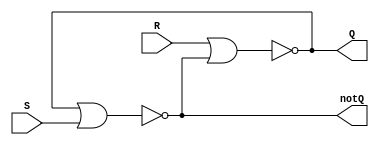
module SR_latch(Q,notQ,S,R);

    output wire Q,notQ;
    input wire S,R;

    assign Q=~(R||notQ);
    assign notQ=~(Q||S);
    


endmodule